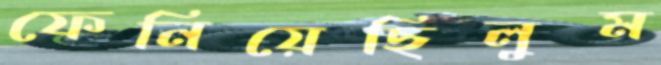
ফেনিয়েছিলুম